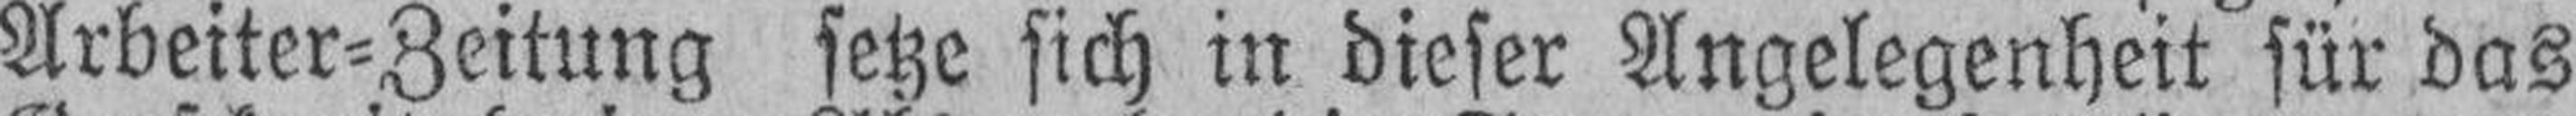
Arbeiter=Zeitung setze sich in dieser Angelegenheit für das